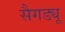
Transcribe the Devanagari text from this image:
सैगड्यू